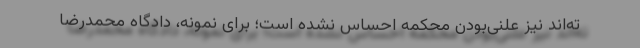
ته‌اند نیز علنی‌بودن محکمه احساس نشده است؛ برای نمونه، دادگاه محمدرضا